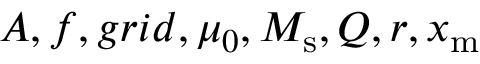
A , f , g r i d , \mu _ { 0 } , M _ { \mathrm { s } } , Q , r , x _ { \mathrm { m } }